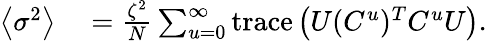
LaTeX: \begin{array}{rl}{\left\langle\sigma^{2}\right\rangle}&{{}=\frac{\zeta^{2}}{N}\sum_{u=0}^{\infty}{\mathrm{trace}\left(U(C^{u})^{T}C^{u}U\right)}.}\end{array}